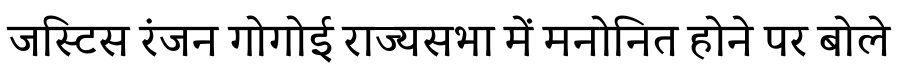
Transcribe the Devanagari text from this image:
जस्टिस रंजन गोगोई राज्यसभा में मनोनित होने पर बोले